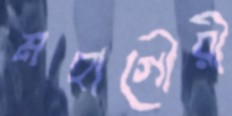
মহাগৌরী